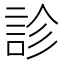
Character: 診